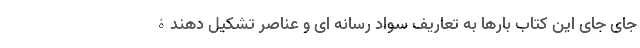
جای جای این کتاب بارها به تعاریف سواد رسانه ای و عناصر تشکیل دهندۀ